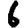
Digit: 6